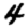
Digit: 4